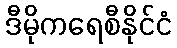
ဒီမိုကရေစီနိုင်ငံ